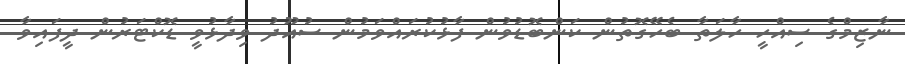
ނާޒިމްގެ ސިއްހީ ހާލަތާ ބެހޭގޮތުން ކަންބޮޑުވުން ފާޅުކުރައްވަމުން ސުއޫދު ވިދާޅުވީ ޑޮކްޓަރުން ދީފައިވާ